65_HS1-834228961_62-HQ-83894_Section_5
Agency: FBI
Page 188
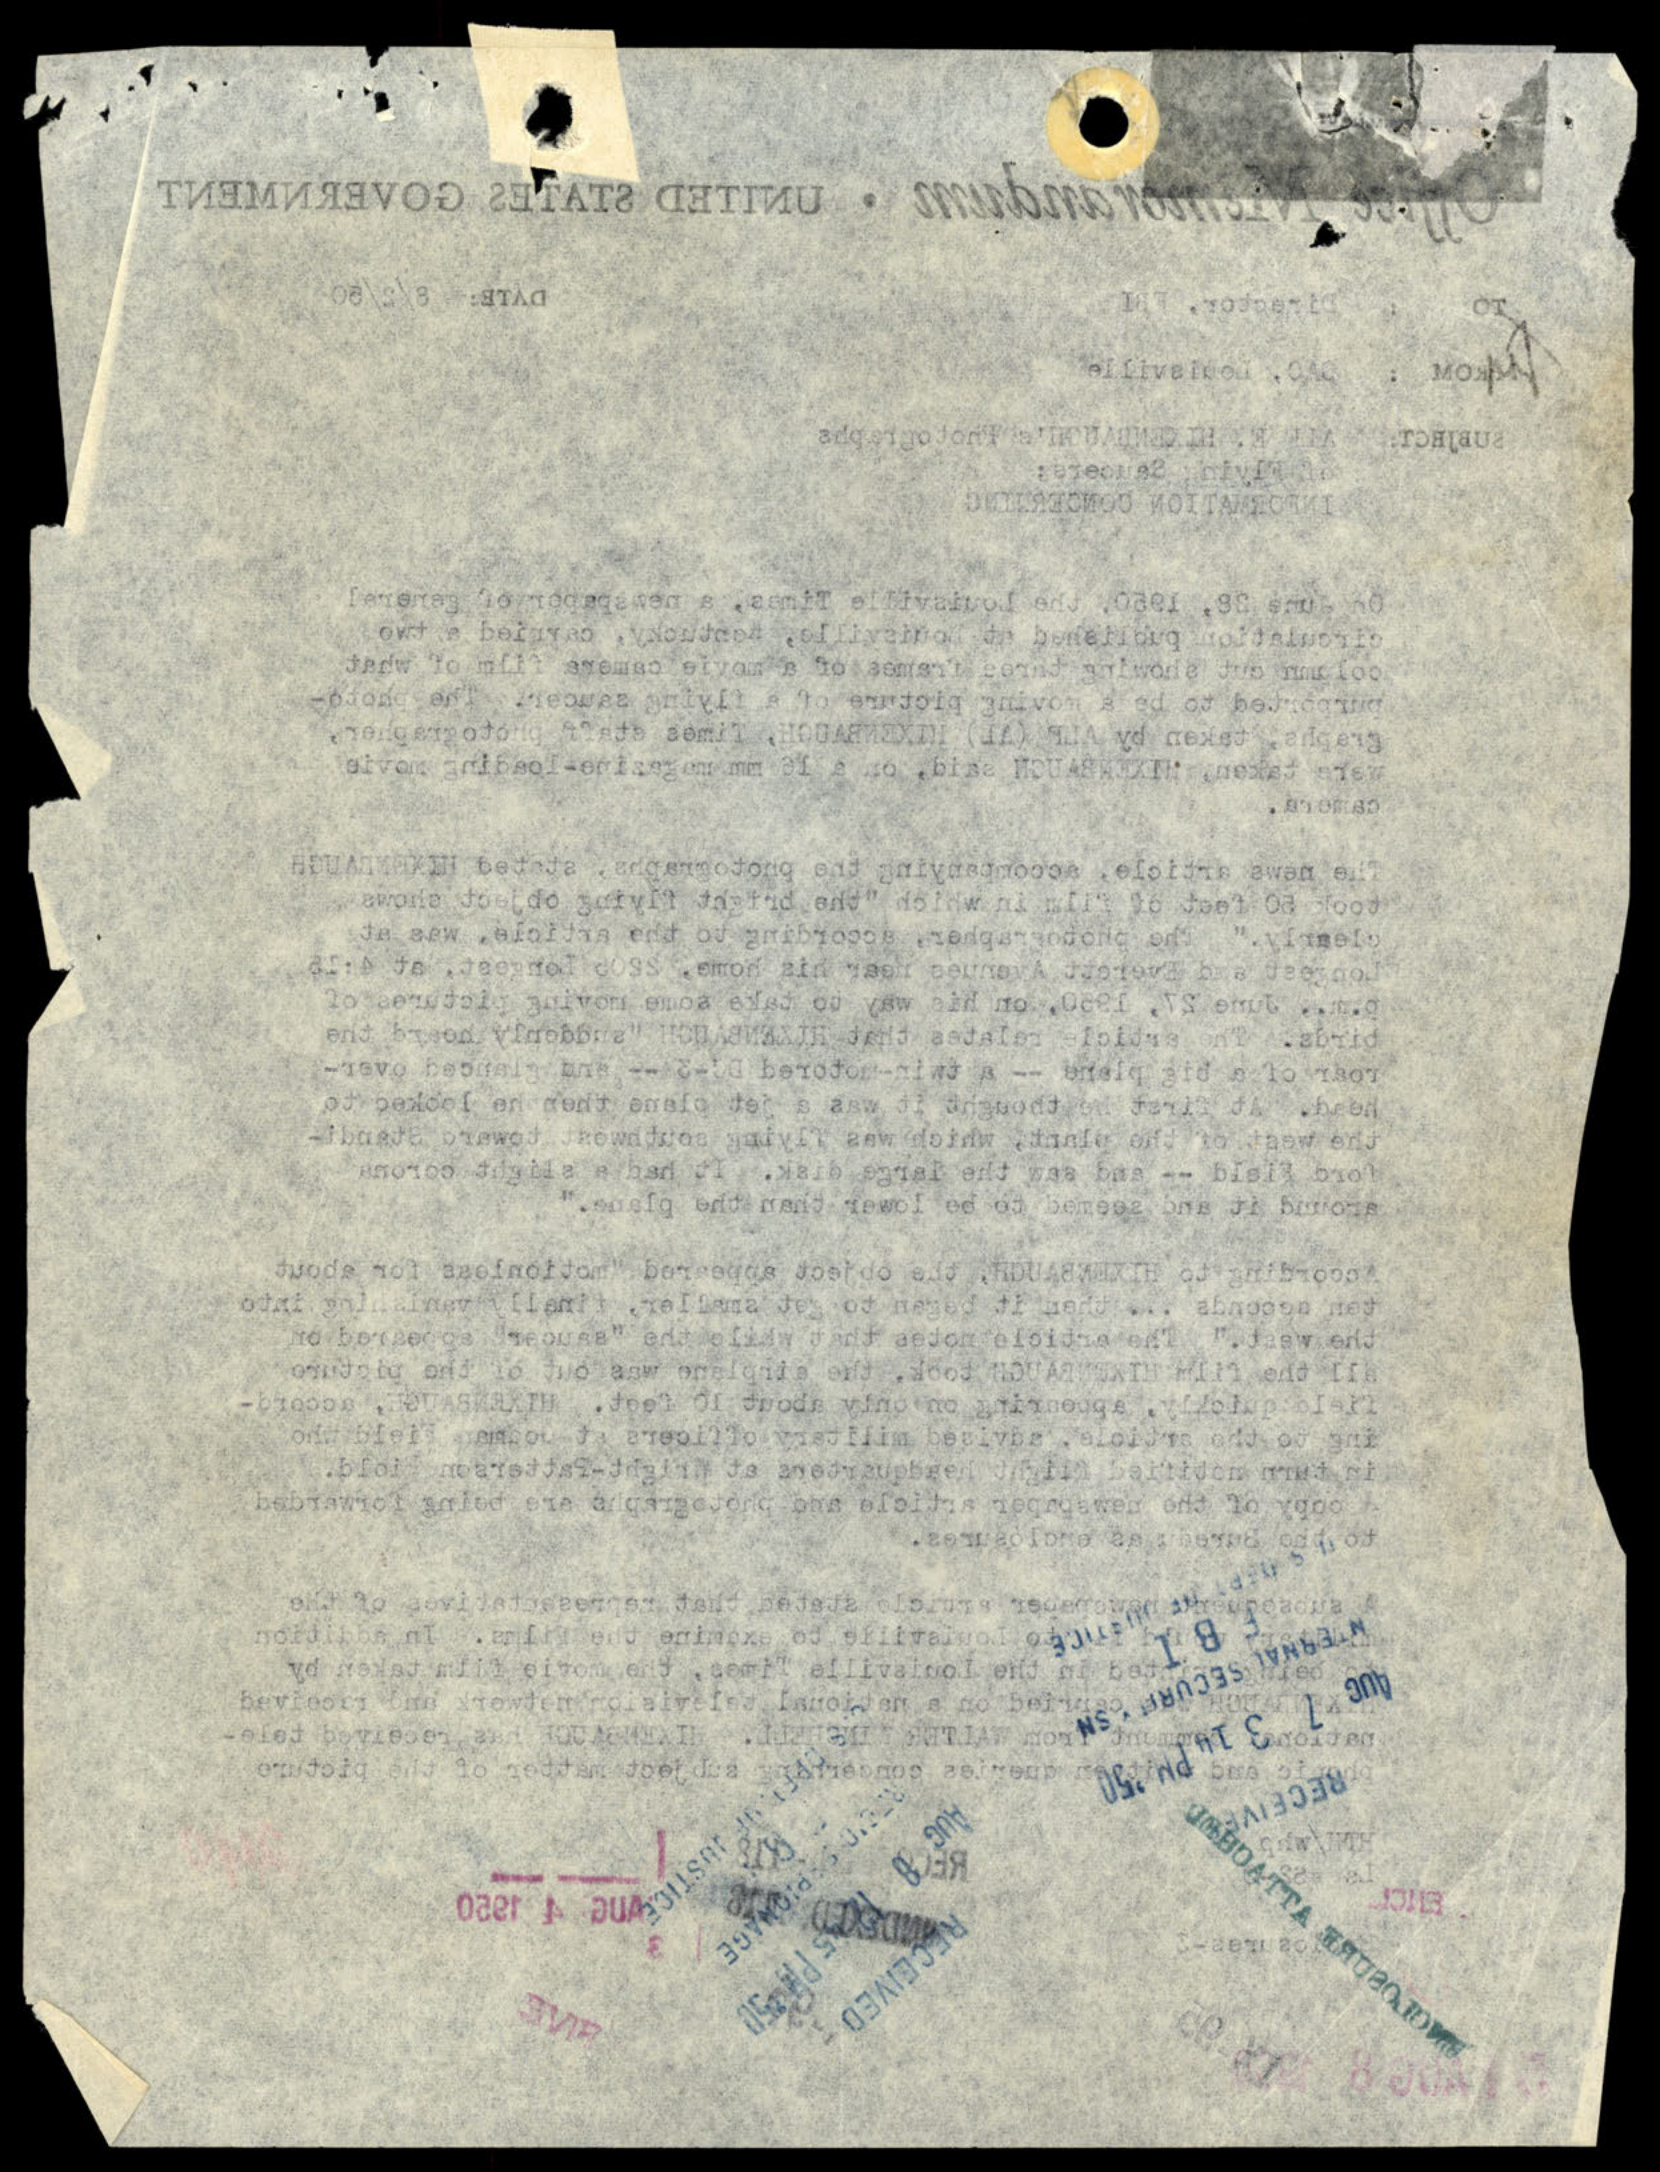